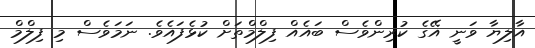
އާލިޔާ ވަނީ އޭގެ ކުރިންވެސް ބައެއް ފިލްމްތަށް ކުޅެފައެވެ. ނަމަވެސް މި ފިލްމް